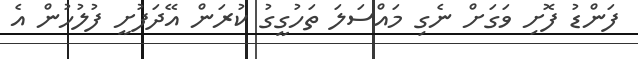
ފަންޑު ފޮށި ވަގަށް ނެގި މައްސަލަ ތަހުގީގު ކުރަން އޭދަފުށީ ފުލުހުން އެ